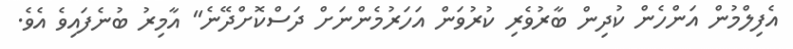
އެފިލްމުން އަންހެން ކުދިން ބާރުވެރި ކުރުވަން އަހަރުމެންނަށް ދަސްކޮށްދޭނެ'' އާމިރު ބުނެފައިވެ އެވެ.